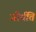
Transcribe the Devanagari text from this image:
जीर्यति